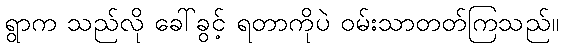
ရွာက သည်လို ခေါ်ခွင့် ရတာကိုပဲ ဝမ်းသာတတ်ကြသည်။